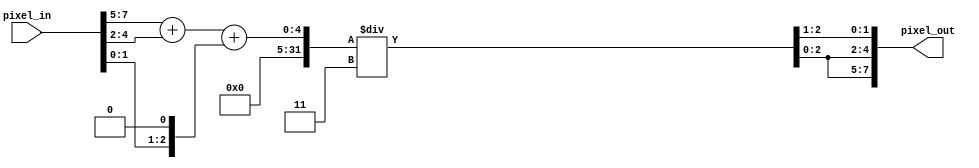
module pixel_converter (
  input [7:0] pixel_in,  // 8-bit color pixel input
  output [7:0] pixel_out  // 8-bit grayscale pixel output
);

	// Calculate grayscale value using formula
	// Gray = 0.2989 * Red + 0.5870 * Green + 0.1140 * Blue
	assign pixel_out[1:0] = ((pixel_in[7:5] + pixel_in[4:2] + {pixel_in[1:0], 1'b0})/3) >> 1; //only take the most sigficant 2 bits for BLUE
	assign pixel_out[4:2] = (pixel_in[7:5] + pixel_in[4:2] + {pixel_in[1:0], 1'b0})/3;
	assign pixel_out[7:5] = (pixel_in[7:5] + pixel_in[4:2] + {pixel_in[1:0], 1'b0})/3;
//	assign pixel_out = 8'b111_000_00; //only take the most sigficant 2 bits for BLUE

endmodule